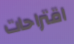
اقتراحات